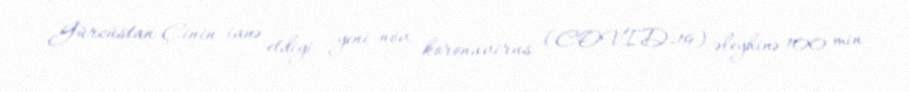
Gürcüstan Çinin ianə etdiyi yeni növ koronavirus (COVID-19) əleyhinə 100 min